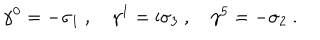
LaTeX: \gamma ^ { 0 } = - \sigma _ { 1 } \ , \quad \gamma ^ { 1 } = \mathrm { i } \sigma _ { 3 } \ , \quad \gamma ^ { 5 } = - \sigma _ { 2 } \ .